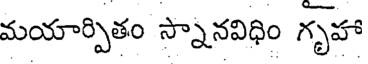
మయార్పితం స్నానవిధిం గృహా